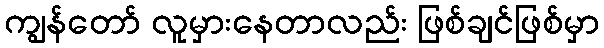
ကျွန်တော် လူမှားနေတာလည်း ဖြစ်ချင်ဖြစ်မှာ